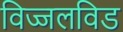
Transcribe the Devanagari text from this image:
विज्जलविड